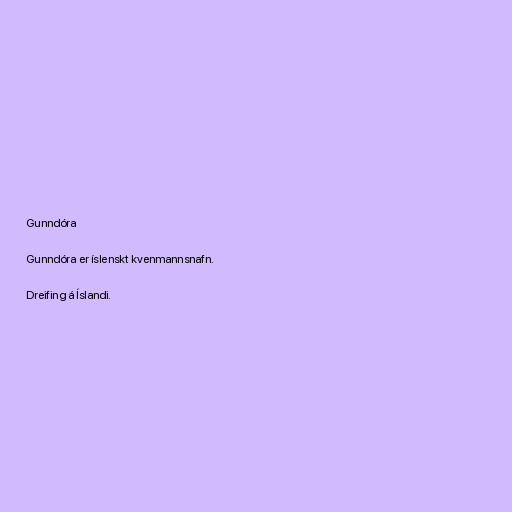
Gunndóra

Gunndóra er íslenskt kvenmannsnafn.

Dreifing á Íslandi.